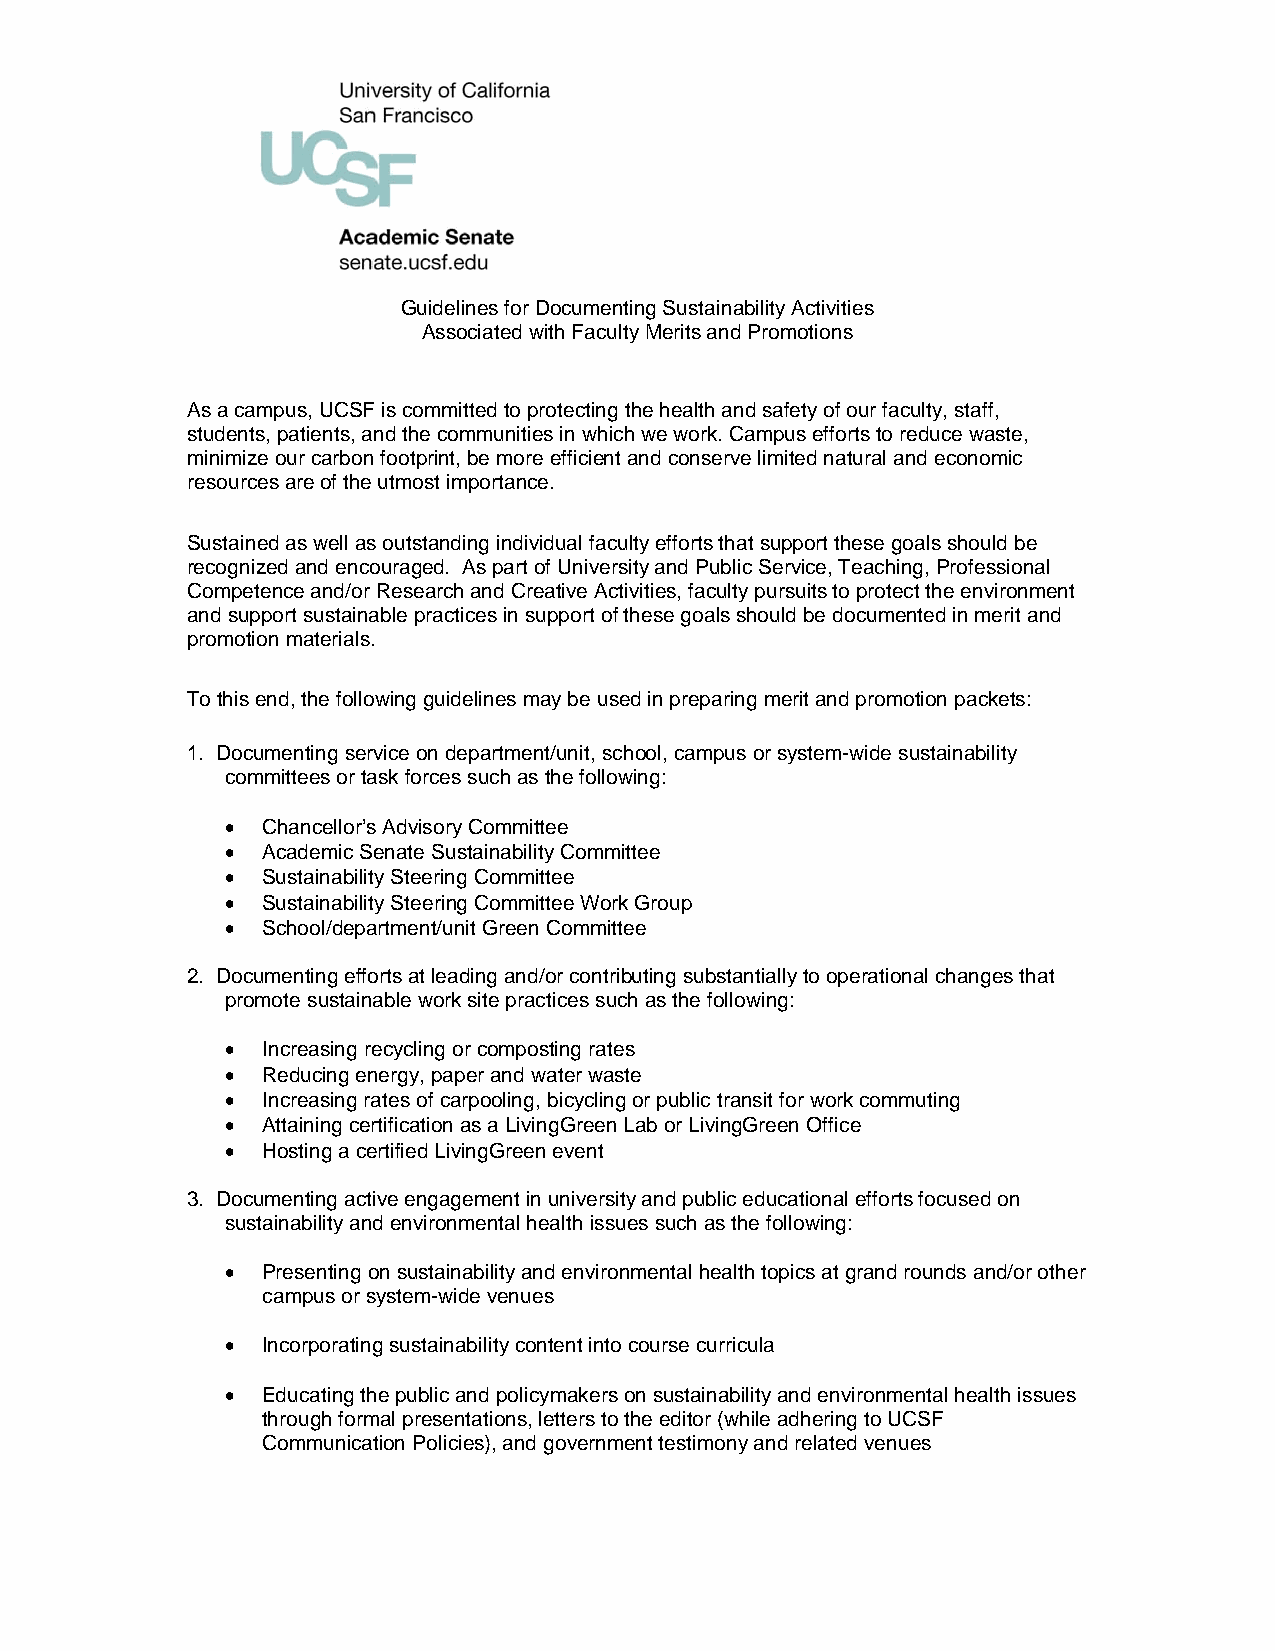
Guidelines for Documenting Sustainability Activities
 Associated with Faculty Merits and Promotions
 As a campus, UCSF is committed to protecting the health and safety of our faculty, staff,
 students, patients, and the communities in which we work. Campus efforts to reduce waste,
 minimize our carbon footprint, be more efficient and conserve limited natural and economic
 resources are of the utmost importance.
 Sustained as well as outstanding individual faculty efforts that support these goals should be
 recognized and encouraged. As part of University and Public Service, Teaching, Professional
 Competence and/or Research and Creative Activities, faculty pursuits to protect the environment
 and support sustainable practices in support of these goals should be documented in merit and
 promotion materials.
 To this end, the following guidelines may be used in preparing merit and promotion packets:
 1. Documenting service on department/unit, school, campus or system-wide sustainability
 committees or task forces such as the following:
 • Chancellor’s Advisory Committee
 • Academic Senate Sustainability Committee
 • Sustainability Steering Committee
 • Sustainability Steering Committee Work Group
 • School/department/unit Green Committee
 2. Documenting efforts at leading and/or contributing substantially to operational changes that
 promote sustainable work site practices such as the following:
 • Increasing recycling or composting rates
 • Reducing energy, paper and water waste
 • Increasing rates of carpooling, bicycling or public transit for work commuting
 • Attaining certification as a LivingGreen Lab or LivingGreen Office
 • Hosting a certified LivingGreen event
 3. Documenting active engagement in university and public educational efforts focused on
 sustainability and environmental health issues such as the following:
 • Presenting on sustainability and environmental health topics at grand rounds and/or other
 campus or system-wide venues
 • Incorporating sustainability content into course curricula
 • Educating the public and policymakers on sustainability and environmental health issues
 through formal presentations, letters to the editor (while adhering to UCSF
 Communication Policies), and government testimony and related venues